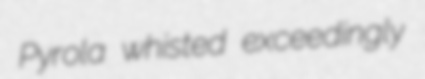
Pyrola whisted exceedingly